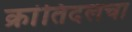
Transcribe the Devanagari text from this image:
क्रांतिदलचा